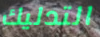
التدليك